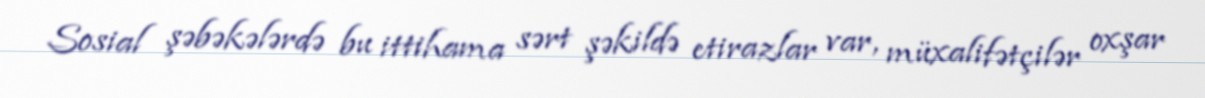
Sosial şəbəkələrdə bu ittihama sərt şəkildə etirazlar var, müxalifətçilər oxşar